342_HS1-416511228_319.1 Flying Discs 1949
Agency: Department of War
Incident date: 1/9/50
Page 54
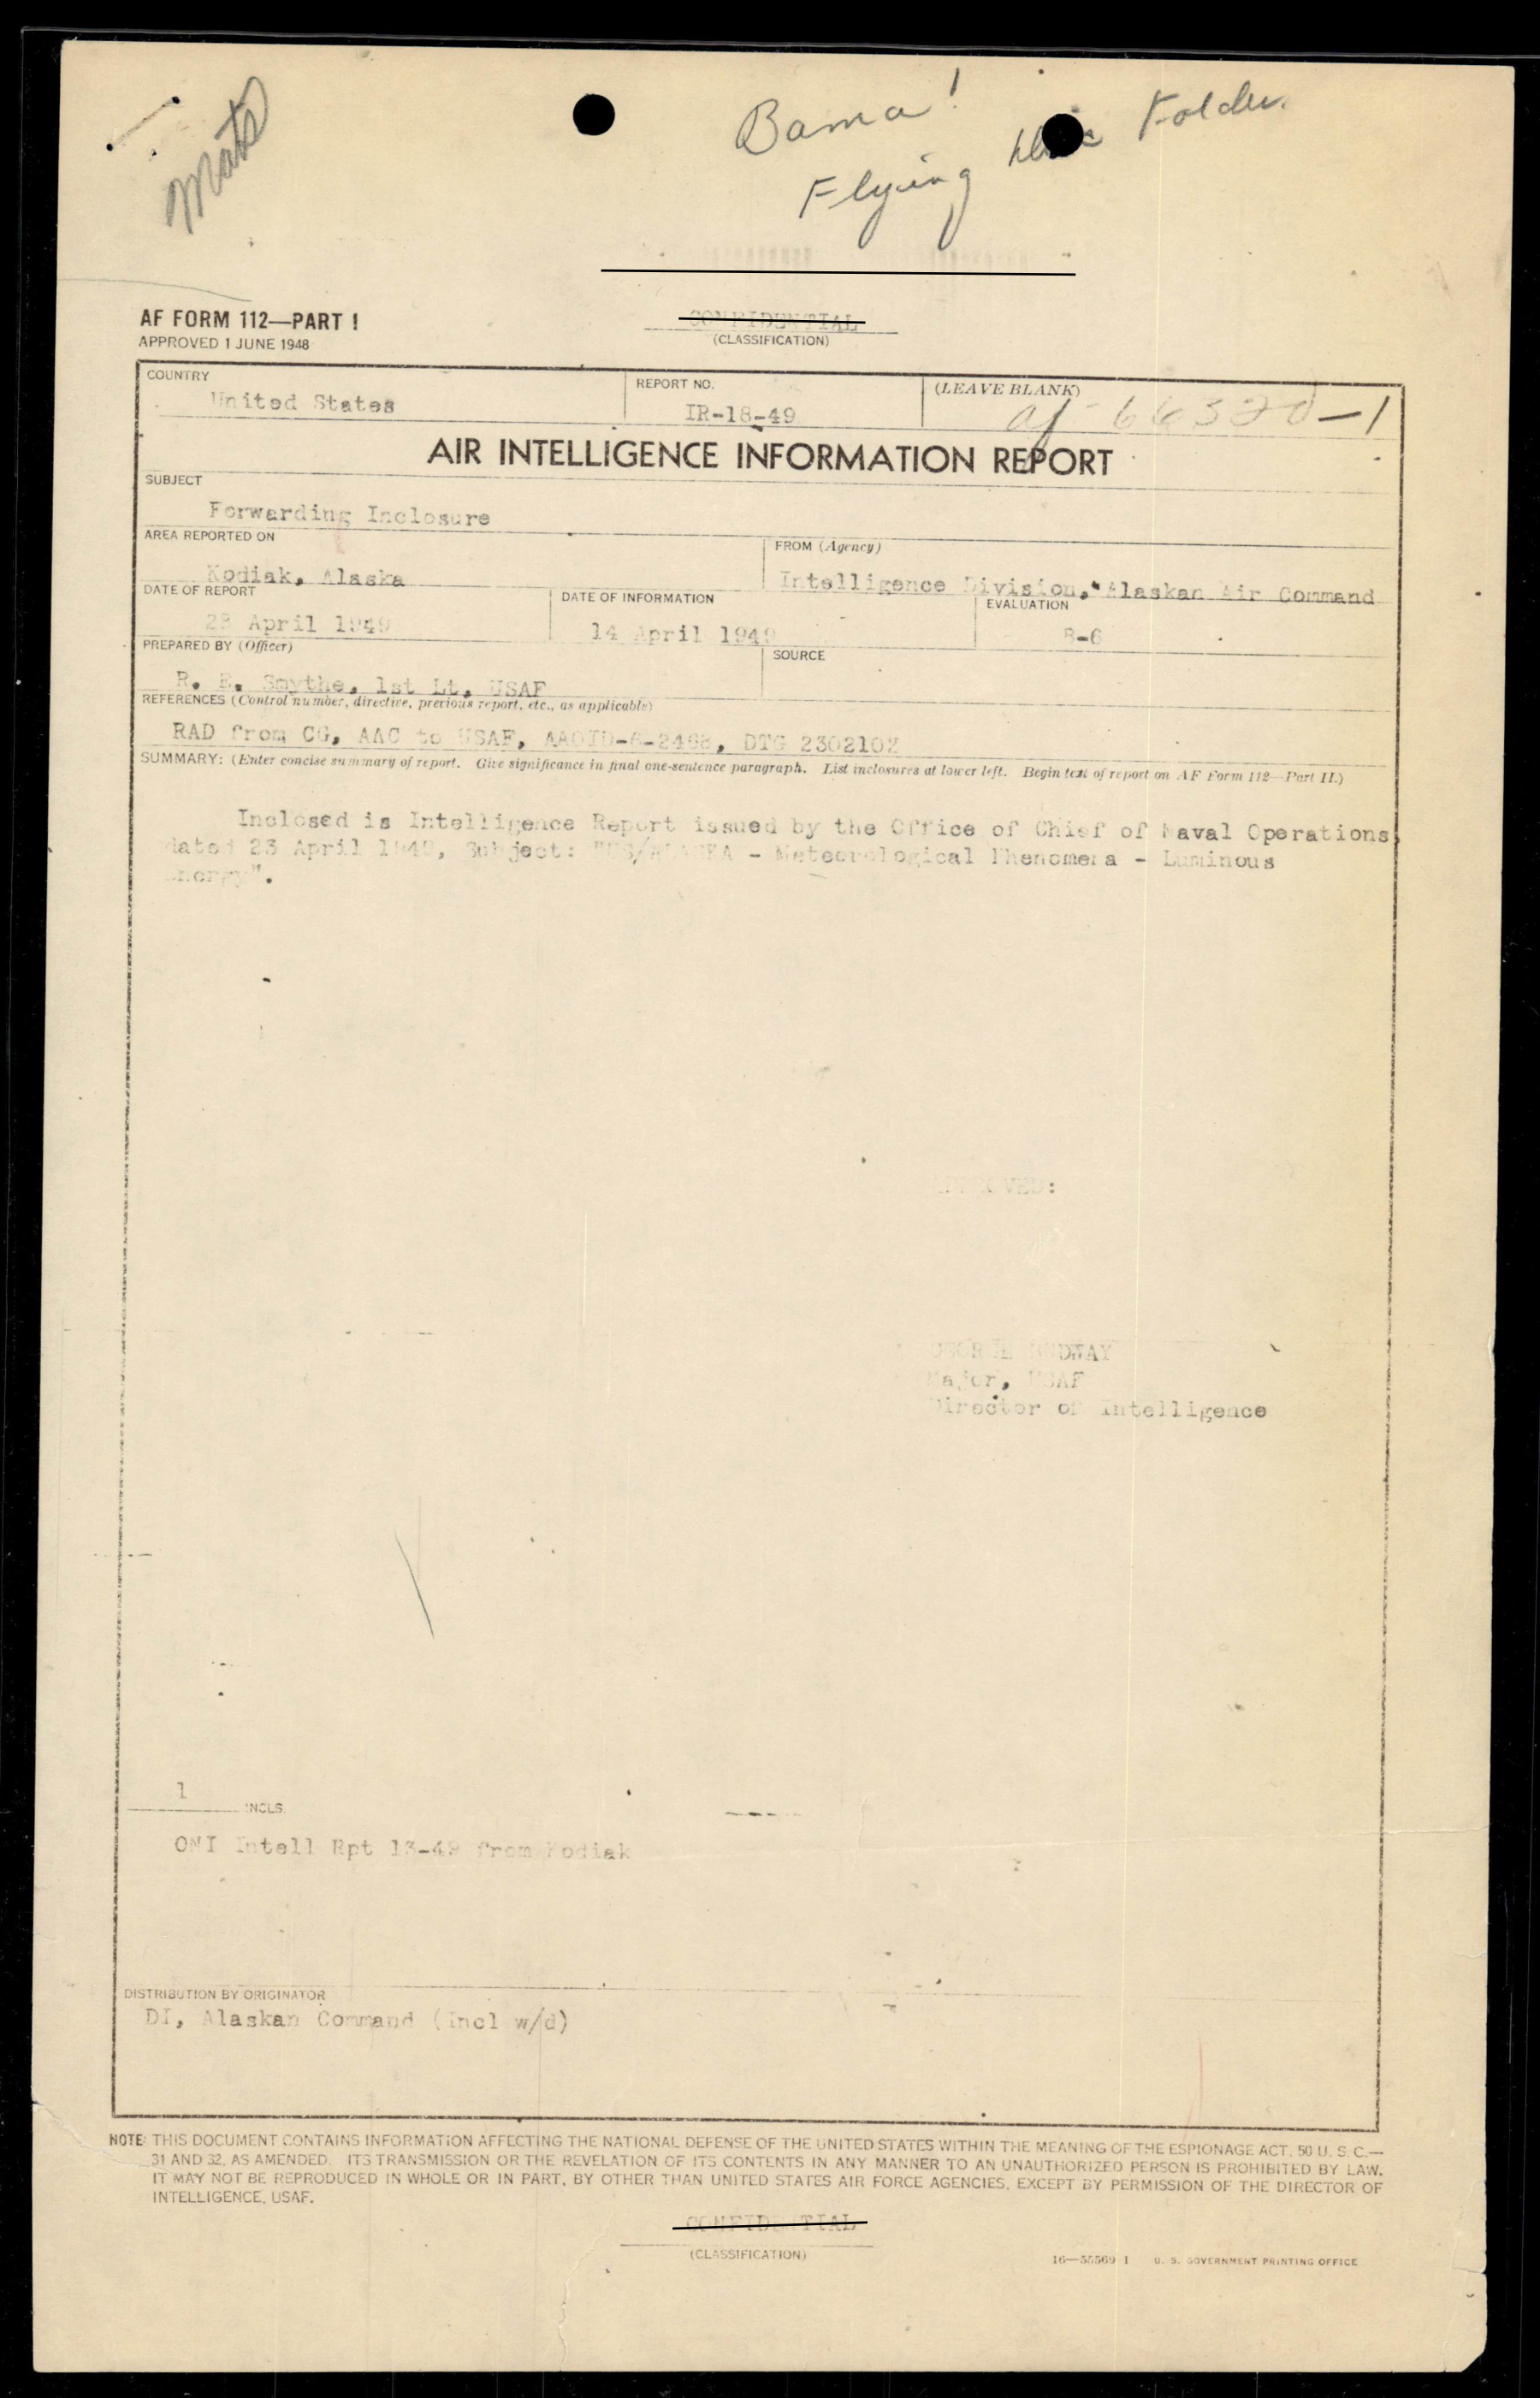